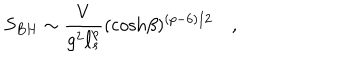
S _ { B H } \sim { \frac { V } { g ^ { 2 } \ell _ { s } ^ { p } } } ( \cosh \! \beta ) ^ { ( p - 6 ) / 2 } \quad ,